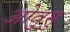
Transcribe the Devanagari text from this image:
ओवुसु